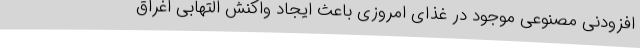
افزودنی مصنوعی موجود در غذای امروزی باعث ایجاد واکنش التهابی اغراق